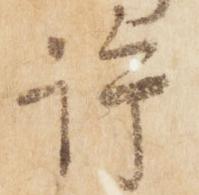
許